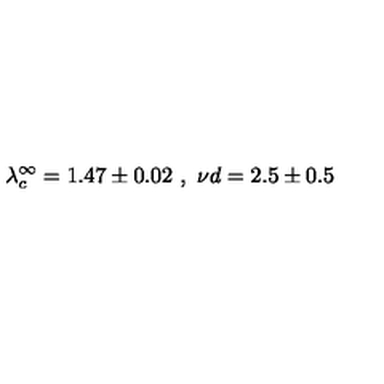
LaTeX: \lambda _ { c } ^ { \infty } = 1 . 4 7 \pm 0 . 0 2 \ , \ { { \nu } d } = 2 . 5 \pm 0 . 5